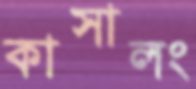
কাসালং